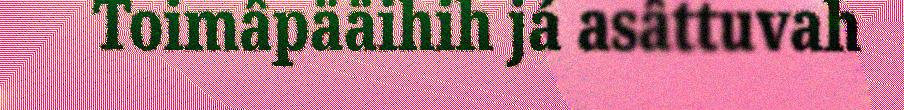
Toimâpääihih já asâttuvah